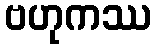
ဗဟုကဿ